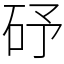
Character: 䂛